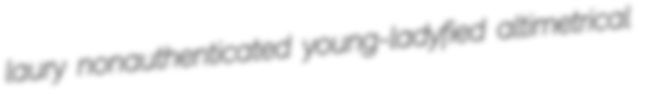
laury nonauthenticated young-ladyfied altimetrical